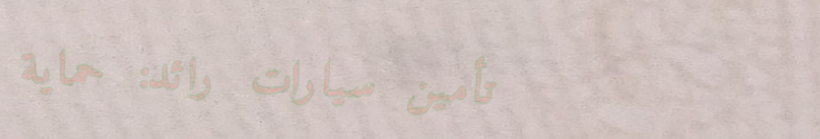
تأمين سيارات رائد: حماية